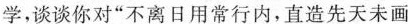
学，谈谈你对”不离日用常行内，直造先天未画